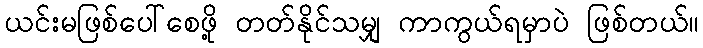
ယင်းမဖြစ်ပေါ်စေဖို့ တတ်နိုင်သမျှ ကာကွယ်ရမှာပဲ ဖြစ်တယ်။